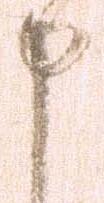
申